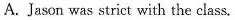
A. Jason was strict with the class.